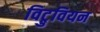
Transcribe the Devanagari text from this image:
विट्रुवियन